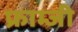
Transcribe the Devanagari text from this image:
फ्राम्जी